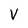
Character: V